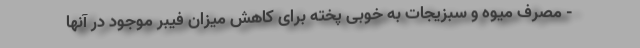
- مصرف میوه و سبزیجات به خوبی پخته برای کاهش میزان فیبر موجود در آنها